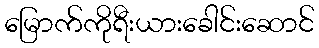
မြောက်ကိုရီးယားခေါင်းဆောင်